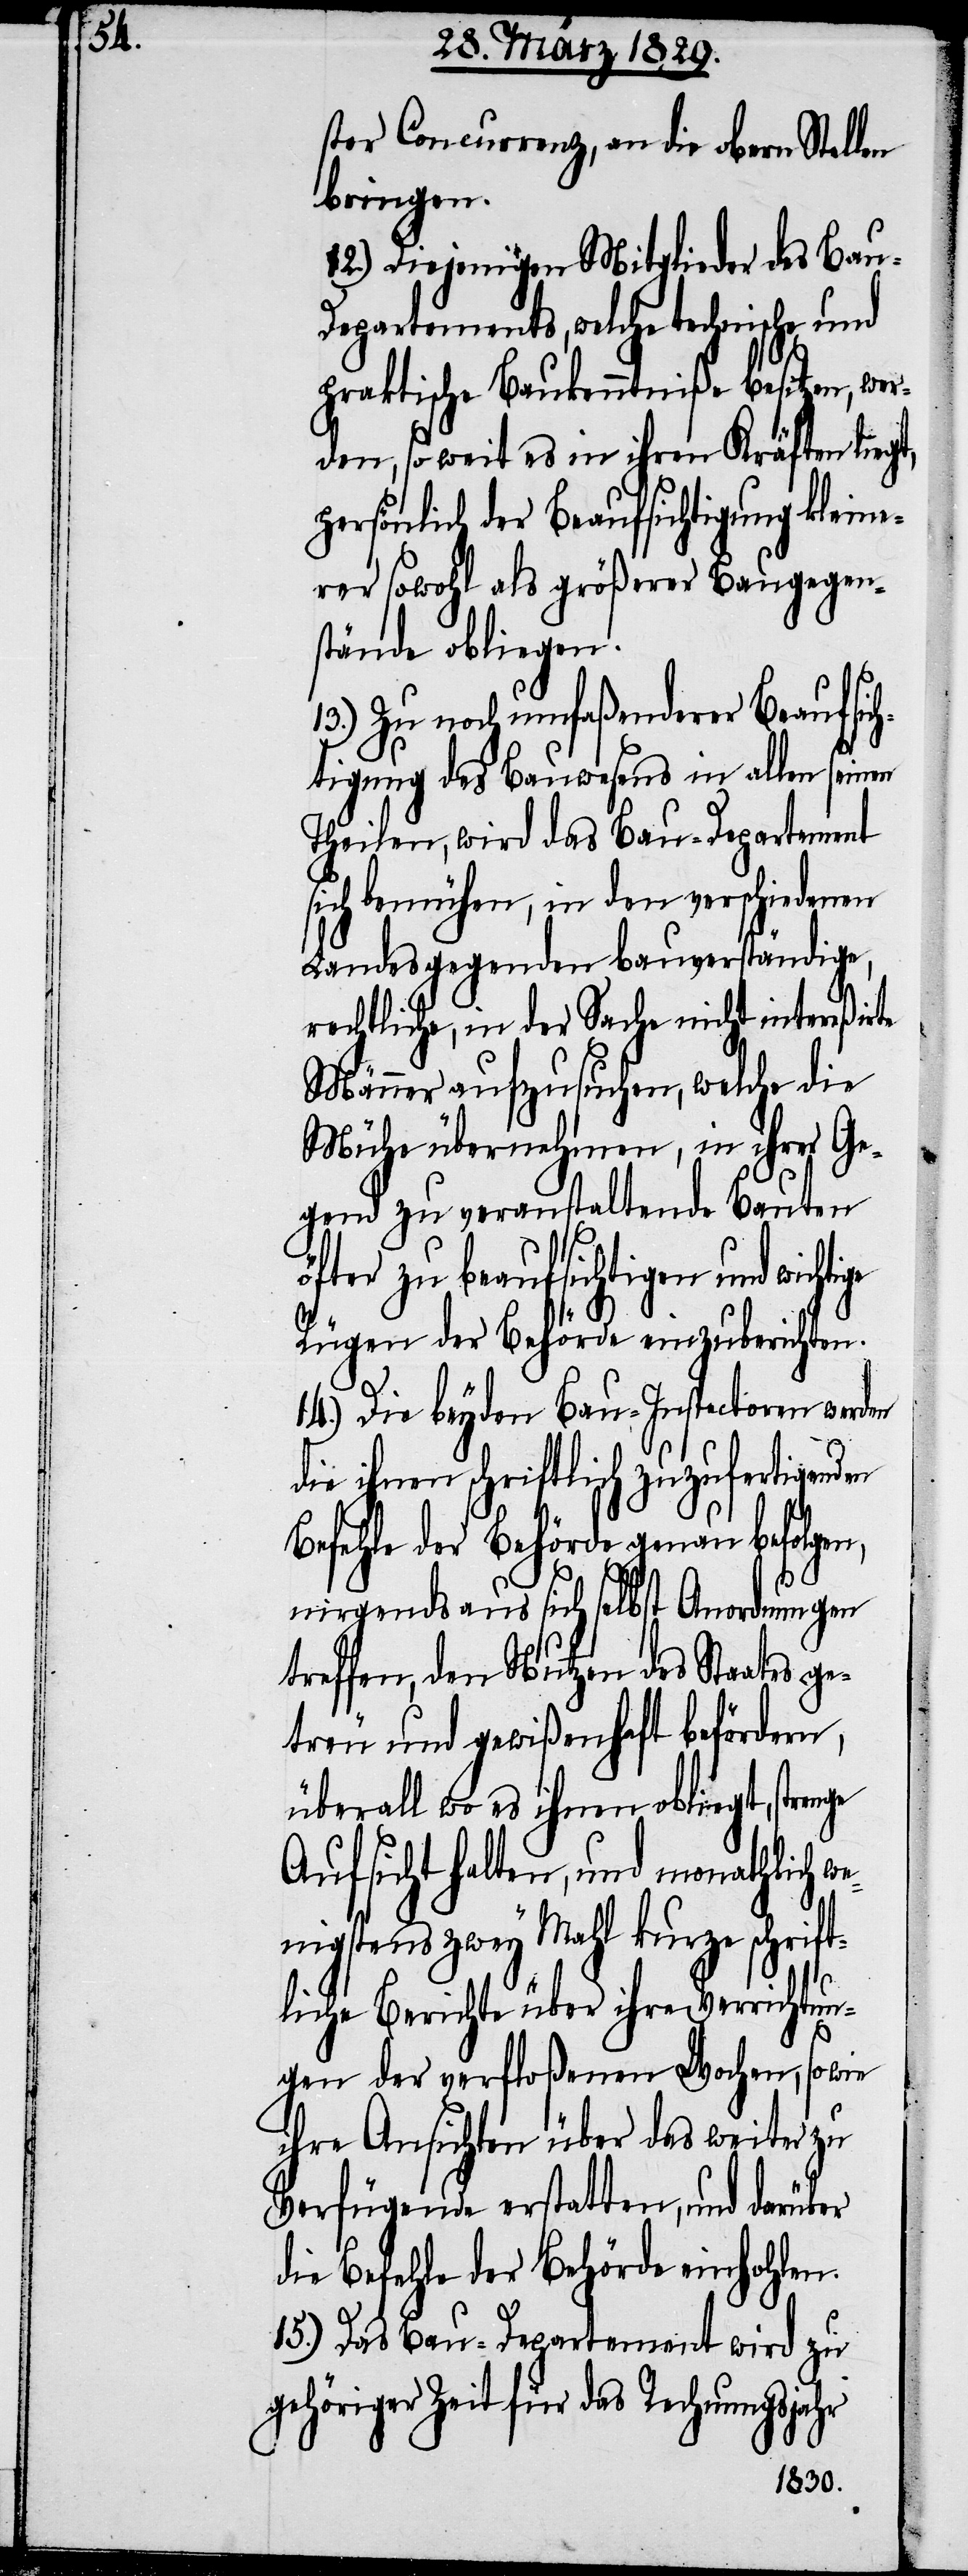
ige

ster Concurrenz, an die obern Stellen
bringen.
12.) Diejenigen Mitglieder des Bau-D¬
epartements, welche technische und
praktische Baukenntniße besitzen, w¬
den, so weit es in ihren Kräften liegt,
persönlich der Beaufsichtigung kleine¬
r sowohl als größerer Baugegen¬
stände obliegen.
13.) Zu noch umfaßenderer Beaufsich¬
tigung des Bauwesens in allen seinen
Theilen, wird das Bau-Departement
sich bemühen, in den verschiedenen
Landesgegenden bauverständige,
rechtliche, in der Sache nicht intereßirte
Männer aufzusuchen, welche die
Mühe übernehmen, in ihrer Ge¬
gend zu veranstaltende Bauten
öfter zu beaufsichtigen und wicht¬
Rügen der Behörde einzuberichten.
14.) Die beyden Bau-Inspectionen werden
die ihnen schriftlich zuzufertigenden
Befehle der Behörde genau befolgen,
nirgends aus sich selbst Anordnungen
treffen, den Nutzen des Staates ge¬
treu und gewißenhaft befördern,
überall wo es ihnen obliegt, strenge
Aufsicht halten, und monathlich w¬
enigstens zwey Mahl kurze schrift¬
liche Berichte über ihre Verrichtun¬
gen der verfloßenen Wochen, sowie
ihre Aufsichten über das weiter zu
Verfügende erstatten, und darüber
die Befehle der Behörde einholen.
15.) Das Bau-Departement wird zu
gehöriger Zeit für das Rechnungsjahr